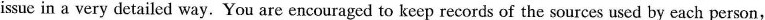
issue in a very detailed way.You are encouraged to keep records of the sources used by each person,